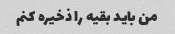
من باید بقیه را ذخیره کنم